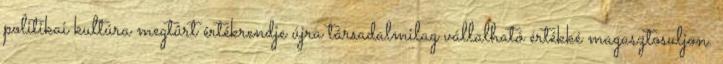
politikai kultúra megtûrt értékrendje újra társadalmilag vállalható értékké magasztosuljon.